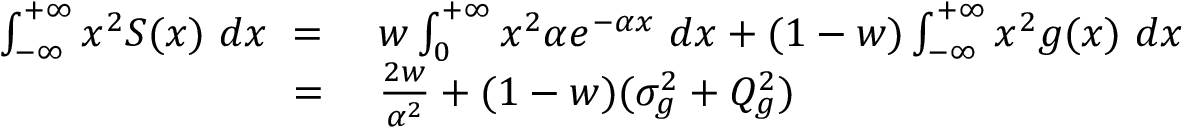
\begin{array} { r l } { \int _ { - \infty } ^ { + \infty } x ^ { 2 } S ( x ) \ d x \ = \ } & { w \int _ { 0 } ^ { + \infty } x ^ { 2 } \alpha e ^ { - \alpha x } \ d x + ( 1 - w ) \int _ { - \infty } ^ { + \infty } x ^ { 2 } g ( x ) \ d x } \\ { \ = \ } & { \frac { 2 w } { \alpha ^ { 2 } } + ( 1 - w ) ( \sigma _ { g } ^ { 2 } + Q _ { g } ^ { 2 } ) } \end{array}